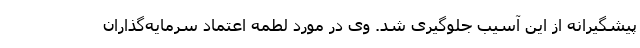
پیشگیرانه از این آسیب جلوگیری شد. وی در مورد لطمه اعتماد سرمایه‌گذاران